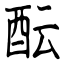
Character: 酝